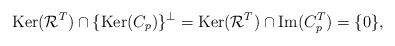
LaTeX: \begin{align*} \hbox{Ker}(\mathcal R^T)\cap \{\hbox{Ker}(C_p)\}^\perp = \hbox{Ker}(\mathcal R^T)\cap \hbox{Im}(C_p^T) =\{0\},\end{align*}